Civil Veterinary Department. United Provinces 1912-22 - 1912-1922
Year: 1912
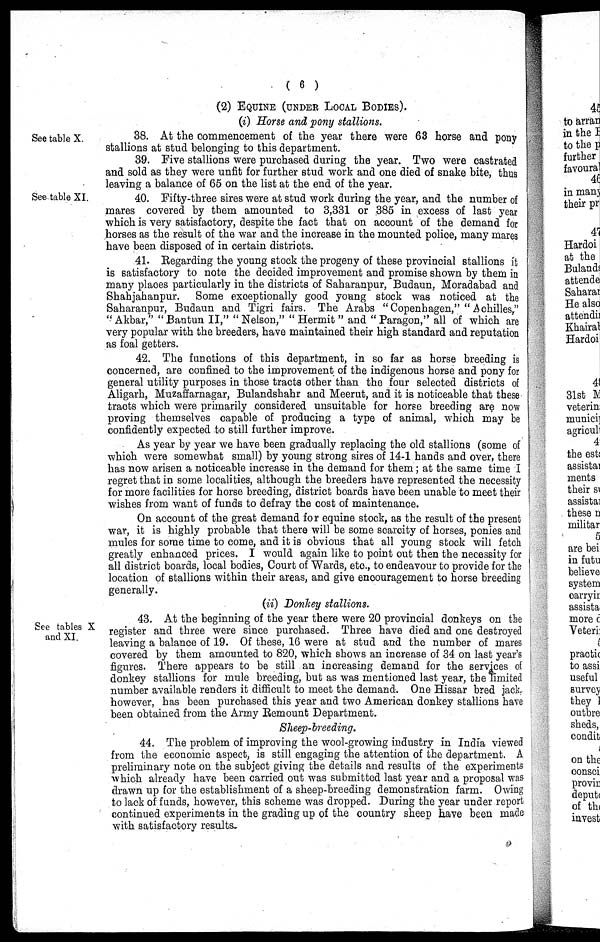
( 6 )
(2) EQUINE (UNDER LOCAL BODIES).
(i) Horse and pony stallions.
See table X.
38. At the commencement of the year there were 63 horse and pony
stallions at stud belonging to this department.
39. Five stallions were purchased during the year. Two were castrated
and sold as they were unfit for further stud work and one died of snake bite, thus
leaving a balance of 65 on the list at the end of the year.
See table XI.
40. Fifty-three sires were at stud work during the year, and the number of
mares covered by them amounted to 3,331 or 385 in excess of last year
which is very satisfactory, despite the fact that on account of the demand for
horses as the result of the war and the increase in the mounted police, many mares
have been disposed of in certain districts.
41. Regarding the young stock the progeny of these provincial stallions it
is satisfactory to note the decided improvement and promise shown by them in
many places particularly in the districts of Saharanpur, Budaun, Moradabad and
Shahjahanpur.
Some exceptionally good young stock was noticed at the
Saharanpur, Budaun and Tigri fairs. The Arabs " Copenhagen," " Achilles,"
" Akbar," " Bantun II," " Nelson," " Hermit " and " Paragon,'' all of which are
very popular with the breeders, have maintained their high standard and reputation
as foal getters.
42. The functions of this department, in so far as horse breeding is
concerned, are confined to the improvement of the indigenous horse and pony for
general utility purposes in those tracts other than the four selected districts of
Aligarh, Muzaffarnagar, Bulandshahr and Meerut, and it is noticeable that these
tracts which were primarily considered unsuitable for horse breeding are now
proving themselves capable of producing a type of animal, which may be
confidently expected to still further improve.
As year by year we have been gradually replacing the old stallions (some of
which were somewhat small) by young strong sires of 14-1 hands and over, there
has now arisen a noticeable increase in the demand for them ; at the same time I
regret that in some localities, although the breeders have represented the necessity
for more facilities for horse breeding, district boards have been unable to meet their
wishes from want of funds to defray the cost of maintenance.
On account of the great demand for equine stock, as the result of the present
war, it is highly probable that there will be some scarcity of horses, ponies and
mules for some time to come, and it is obvious that all young stock will fetch
greatly enhanced prices. I would again like to point out then the necessity for
all district boards, local bodies, Court of Wards, etc, to endeavour to provide for the
location of stallions within their areas, and give encouragement to horse breeding
generally.
(ii) Donkey stallions.
See tables X
and XI.
43. At the beginning of the year there were 20 provincial donkeys on the
register and three were since purchased. Three have died and one destroyed
leaving a balance of 19. Of these, 16 were at stud and the number of mares
covered by them amounted to 820, which shows an increase of 34 on last year's
figures. There appears to be still an increasing demand for the services of
donkey stallions for mule breeding, but as was mentioned last year, the limited
number available renders it difficult to meet the demand. One Hissar bred jack.
however, has been purchased this year and two American donkey stallions have
been obtained from the Army Remount Department.
Sheep-breeding.
44. The problem of improving the wool-growing industry in India viewed
from the economic aspect, is still engaging the attention of the department. A
preliminary note on the subject giving the details and results of the experiments
which already have been carried out was submitted last year and a proposal was
drawn up for the establishment of a sheep-breeding demonstration farm. Owing
to lack of funds, however, this scheme was dropped. During the year under report
continued experiments in the grading up of the country sheep have been made
with satisfactory results.